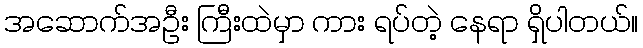
အဆောက်အဦး ကြီးထဲမှာ ကား ရပ်တဲ့ နေရာ ရှိပါတယ်။